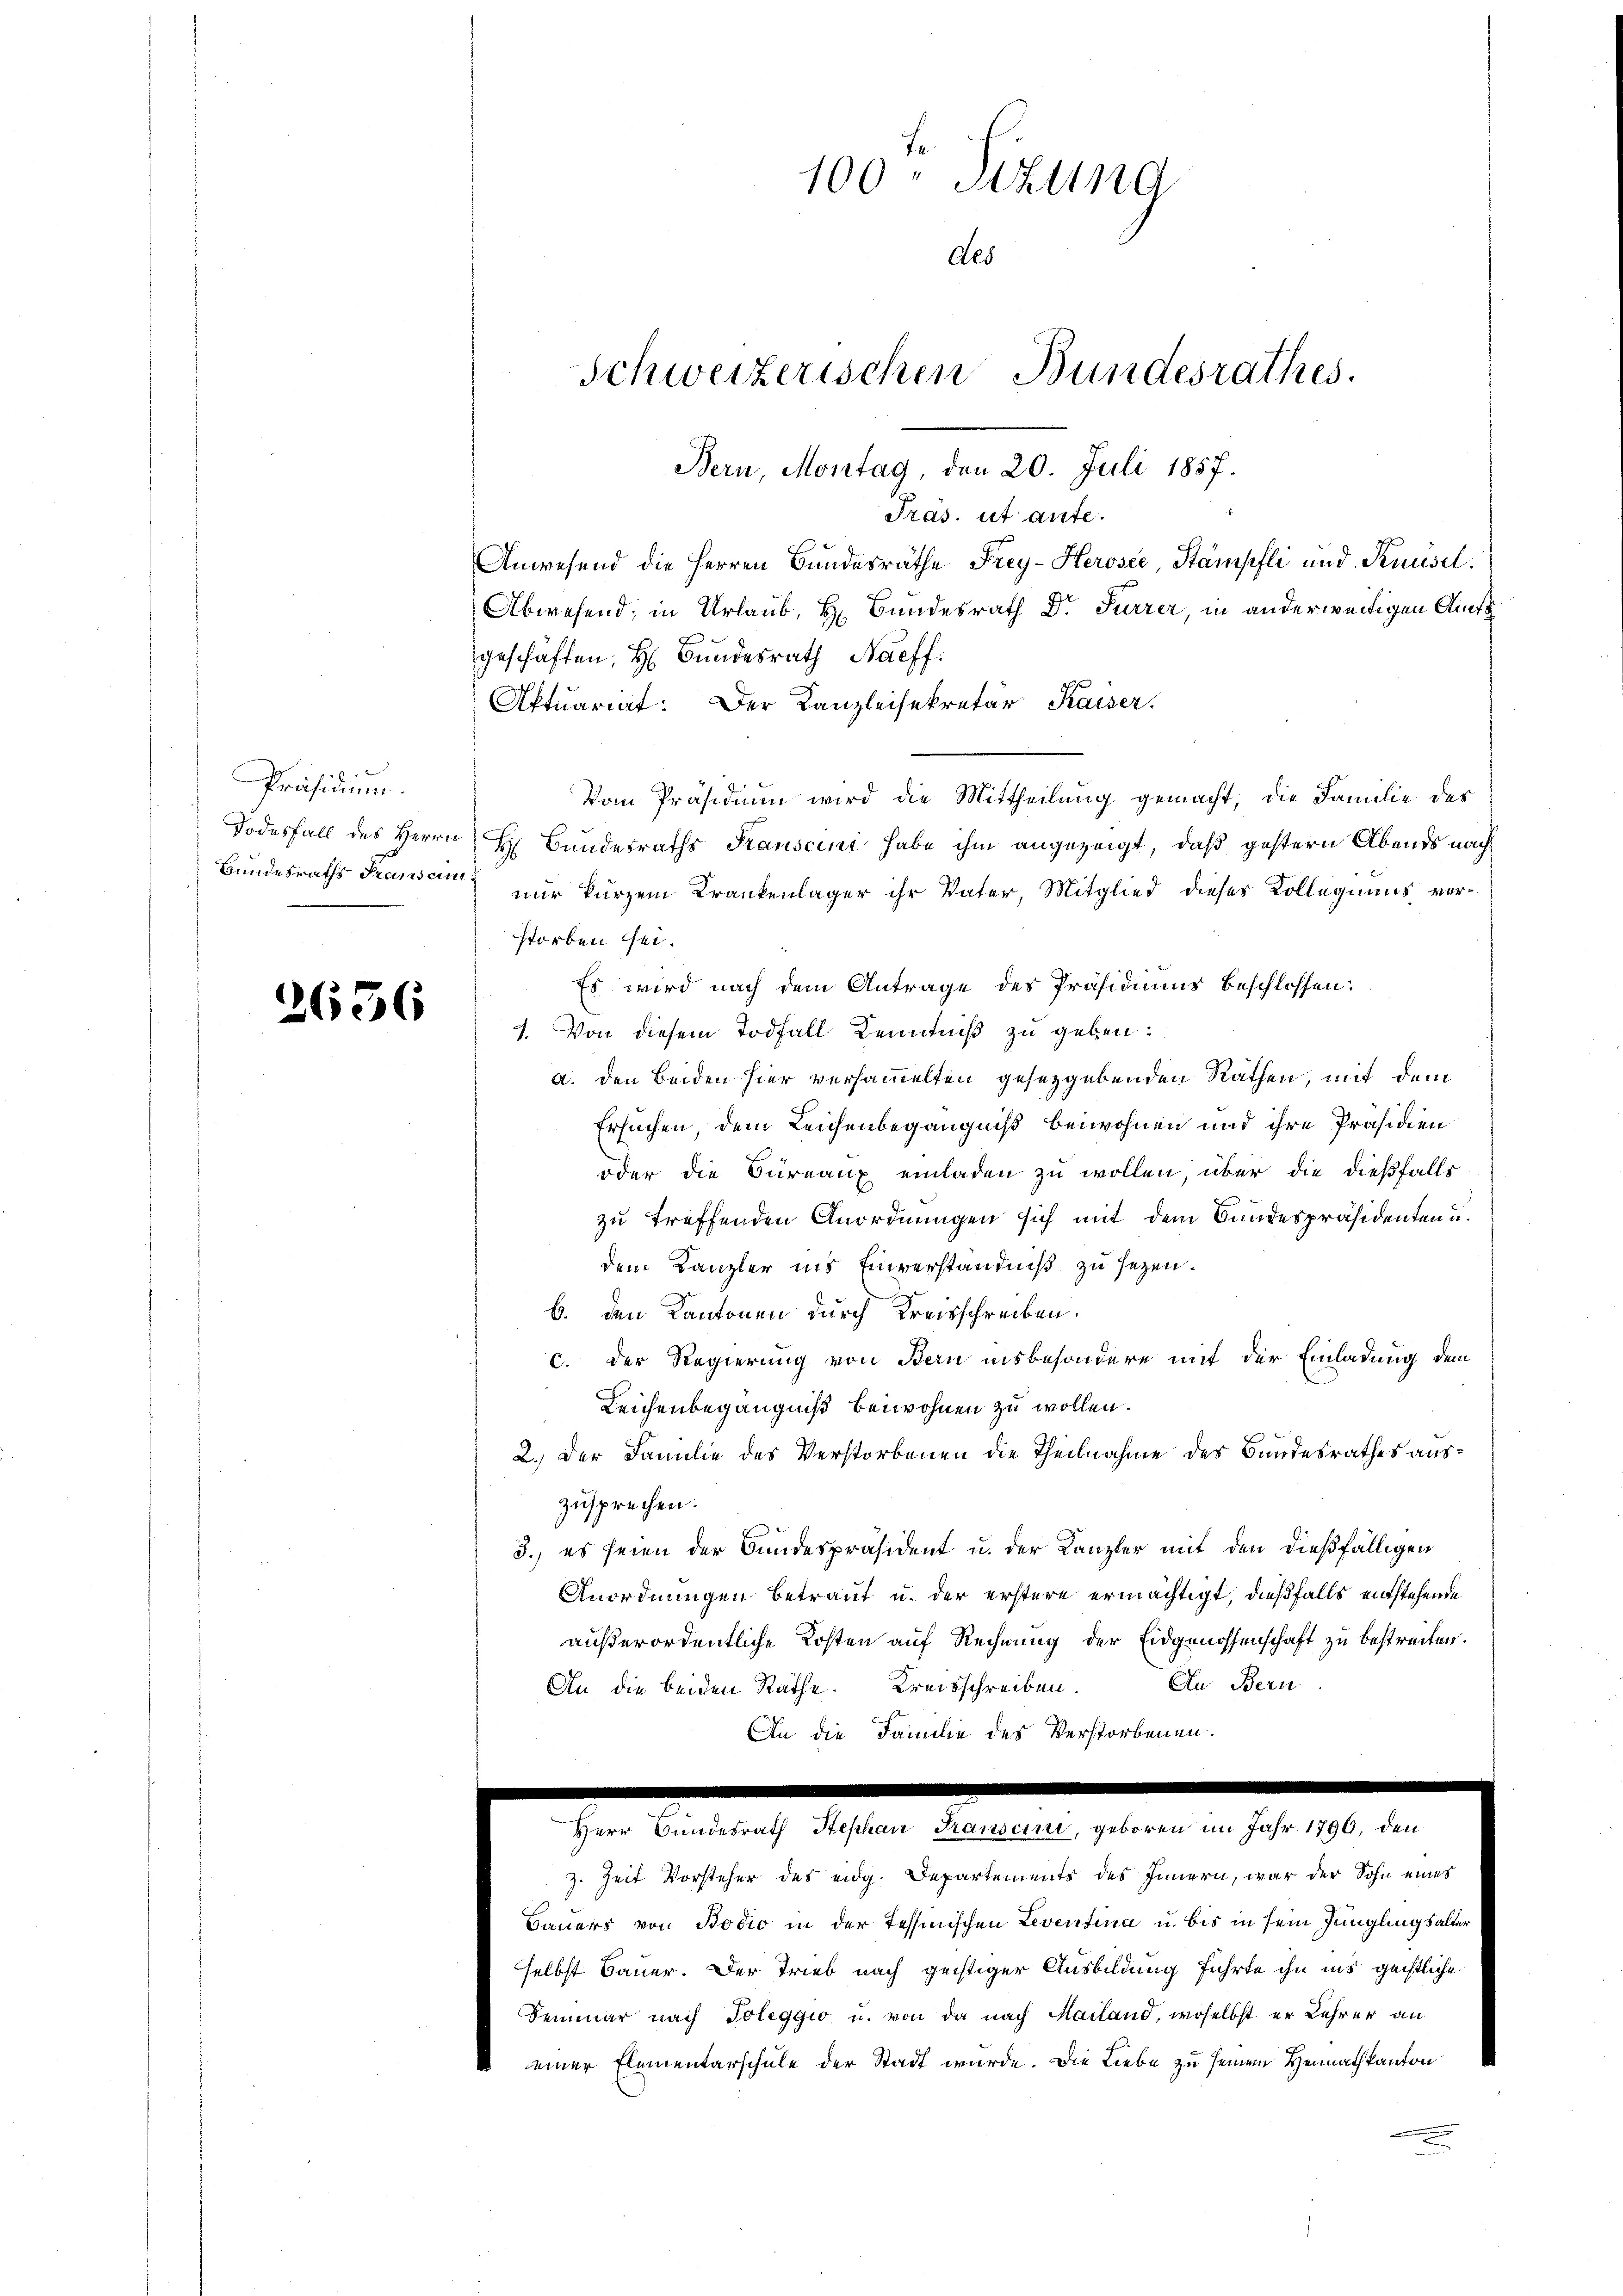
2 x
Präsidium.

2656

Bern, Montag, den 20. Juli 1857.
Präs. ut aufe.
Anwesend die Herren Bundesräthe Frey-Herosee, Stämpfli und Knüsel
Abwesend; in Urlaub, H. Bundesrath Dr. Furrer, in anderweitigen Amtsgeschäften, H. Bundesrath Naeff.
Aktuariat. Der Kanzleisekretär Kaiser.
Todesfall des Herrn H. Bundesraths Tauscini habe ihm angezeigt, daß gestern Abends nach¬
Bundesraths Transen nur kurzem Krankenlager ihr Vater, Mitglied dieses Kollegiums verstorben sei.
Es wird nach dem Antrage des Präsidiums beschlossen:
1. Von diesem Todfall Kenntniß zu geben:
a. den beiden hier versammelten gesetzgebenden Räthen, mit dem
Ersuchen, dem Leichenbegängniß beiwohnen und ihre Präsidien¬
oder die Bureaux einladen zu wollen, über die dießfalls
zu treffenden Anordnungen sich mit dem Bundespräsidenten u.
dem Kanzler ins Einverständniß zu seyen.
b. den Kantonen durch Kreisschreiben.
c. Der Regierung von Bern insbesondere mit der Einladung dem
Leichenbegängniß beiwohnen zu wollen.
2.) Der Familie des Verstorbenen die Theilnahme des Bundesrathes auszusprechen.
3.) es seien der Bundespräsident u. der Kanzler mit den dießfälligen
Anordnungen betraut u. der erstere ermächtigt, dießfalls entstehende
außerordentliche Kosten auf Rechnung der Eidgenossenschaft zu bestreiten.
An Bern
An die beiden Räthe. Kreisschreiben.
An die Familie des Verstorbenen.

100- Sizung
Als
Schweizerischen Bundesrathes.

Vom Präsidium wird die Mittheilung gemacht, die Familie des

Ien Benach diesen

z. Zeit Vorsteher des eidg. Departements des Innern, war der Sohn eines
Bauers von Bodić in der Tessinischen Leventina u. bis in sein Jünglingsalter
selbst Bauer. Der Trieb nach geistiger Ausbildung führte ihn ins geistliche
Semmer nach Toleggio u. von da nach Mailand, woselbst er Lehrer an
 einer Elementarschule der Stadt wurde. Die Liebe zu seinen Heimathkanton